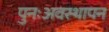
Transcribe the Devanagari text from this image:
पुनःअवस्थापन